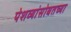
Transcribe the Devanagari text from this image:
पेशव्यांसोबतच्या